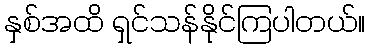
နှစ်အထိ ရှင်သန်နိုင်ကြပါတယ်။